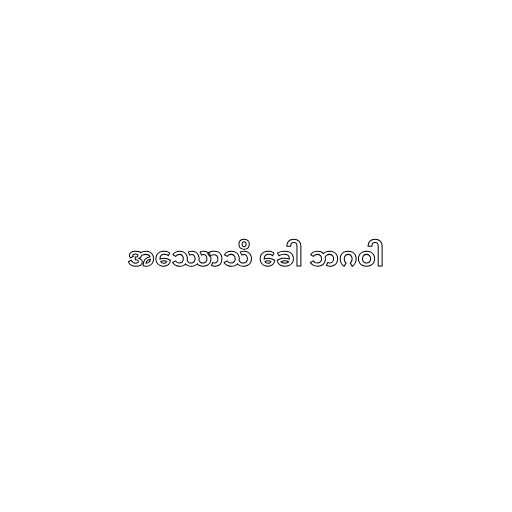
အဿောသိ ခေါ ဘဂဝါ